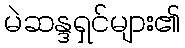
မဲဆန္ဒရှင်များ၏